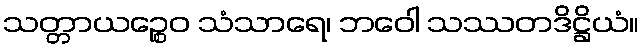
သတ္တာယဉ္စေဝ သံသာရေ၊ ဘဝေါ သဿတဒိဋ္ဌိယံ။